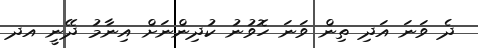
ދެ ވަނަ އަދި ތިން ވަނަ ހޮވުނު ކުދިންނަށް އިނާމު ދޭނީ އދ